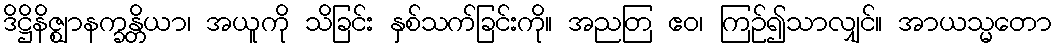
ဒိဋ္ဌိနိဇ္ဈာနက္ခန္တိယာ၊ အယူကို သိခြင်း နှစ်သက်ခြင်းကို။ အညတြ ဧဝ၊ ကြဉ်၍သာလျှင်။ အာယသ္မတော